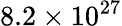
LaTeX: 8.2\times 10^{27}